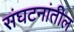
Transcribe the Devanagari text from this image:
संघटनांतील